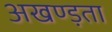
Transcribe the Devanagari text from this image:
अखण्ड़ता